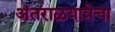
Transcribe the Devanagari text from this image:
अंतराळयात्रेचा